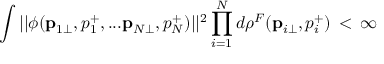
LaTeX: \int | | \phi ( { \bf p } _ { 1 \bot } , p _ { 1 } ^ { + } , . . . { \bf p } _ { N \bot } , p _ { N } ^ { + } ) | | ^ { 2 } \prod _ { i = 1 } ^ { N } d \rho ^ { F } ( { \bf p } _ { i \bot } , p _ { i } ^ { + } ) \, < \, \infty